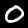
Label: 0